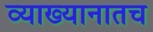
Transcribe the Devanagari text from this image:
व्याख्यानातच